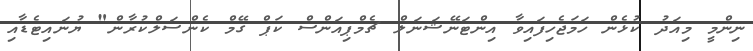
ނިންމީ މިއަދު ކުޅެން ހަމަޖެހިފައިވާ އިންޓަނޭޝަނަލް ޗެމްޕިއަންސް ކަޕް ގޭމް ކެންސަލްކުރާން" ޔުނައިޓެޑާއި